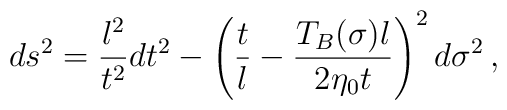
ds^2 = \frac{l^2}{t^2}dt^2 - \left(\frac tl - \frac{T_B(\sigma)l}{2\eta_0 t}\right)^2       d\sigma^2\,,